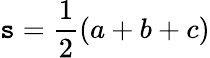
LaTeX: \mathtt{s}={\frac{{1}}{{2}}}(a+b+c)